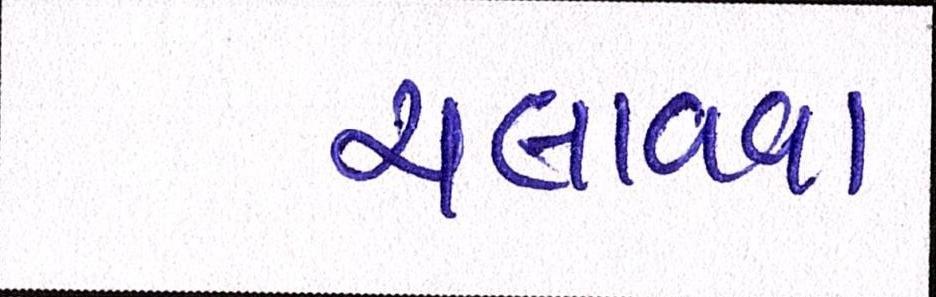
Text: ચલાવવા